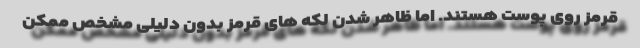
قرمز روی پوست هستند. اما ظاهر شدن لکه های قرمز بدون دلیلی مشخص ممکن